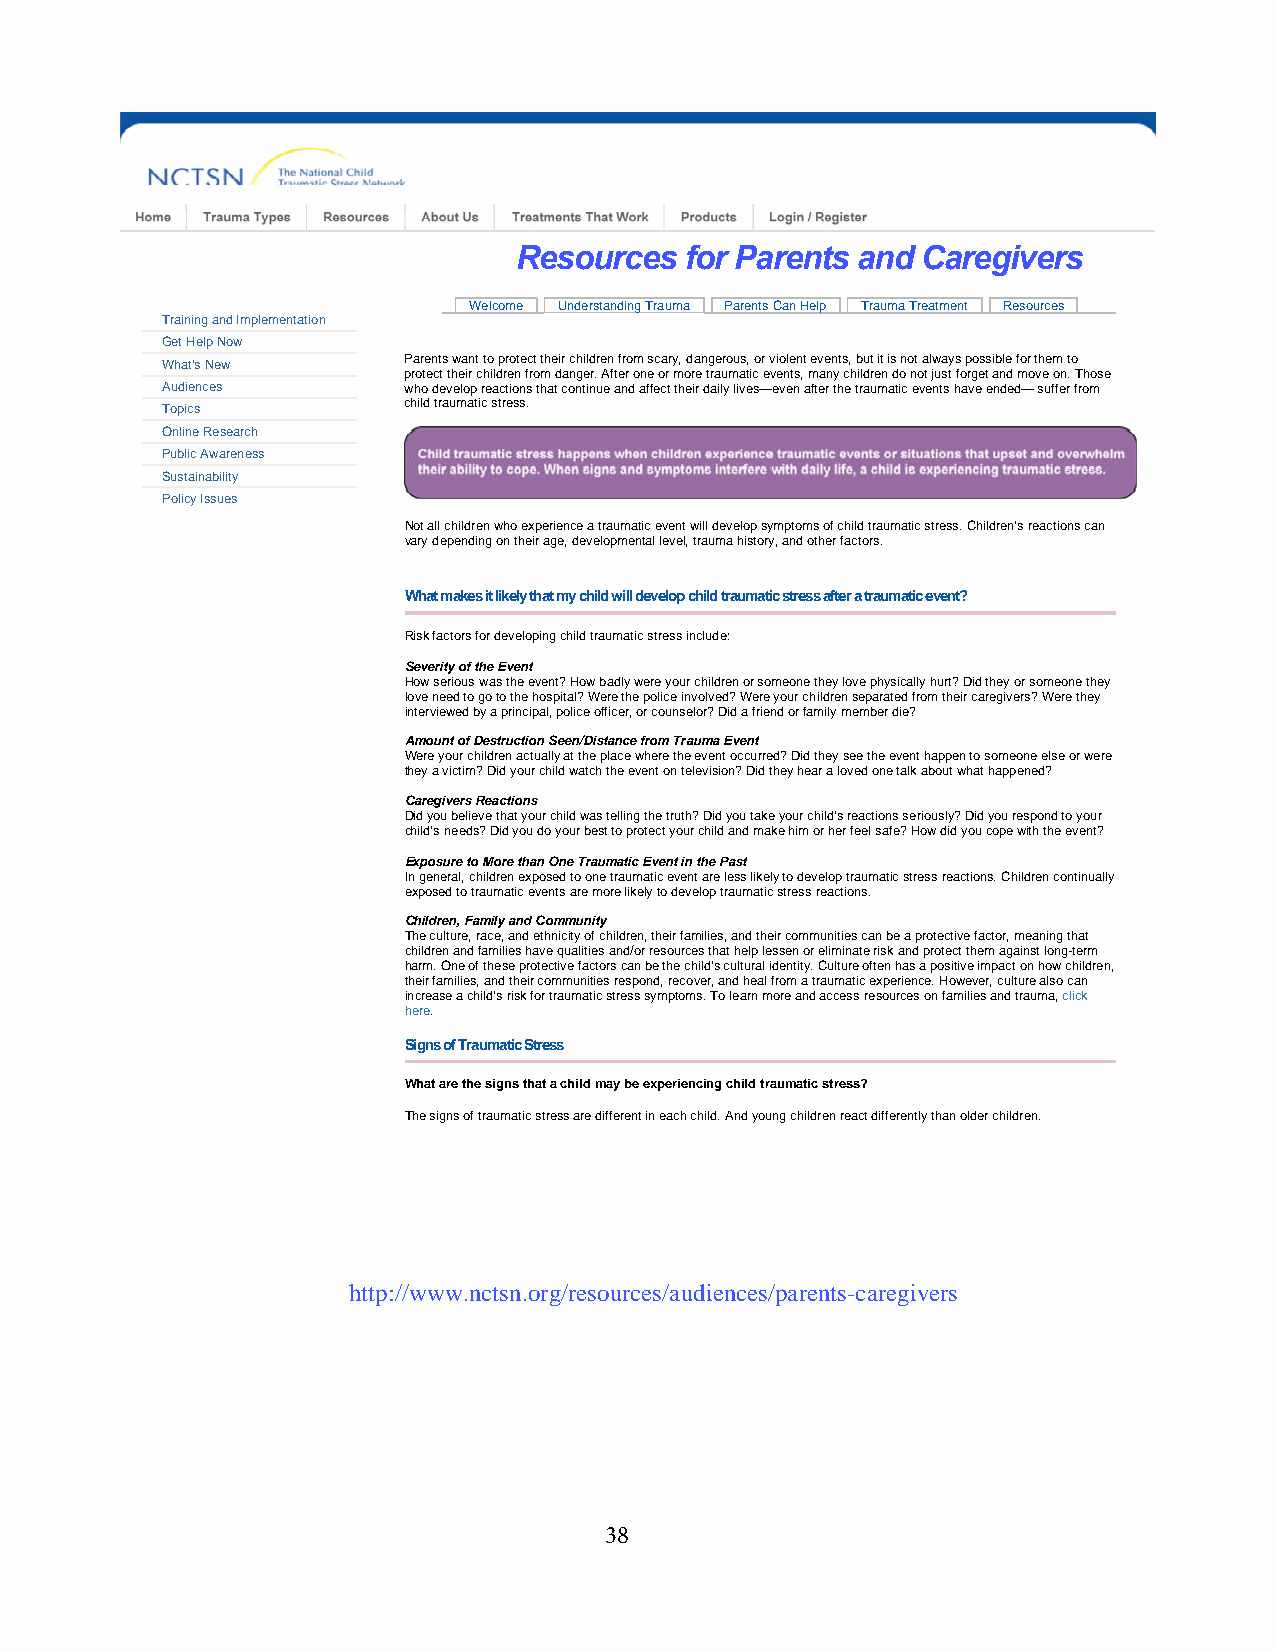
Resources  for Parents and Caregivers
 Welcome Understanding Trauma Parents Can Help Trauma Treatment Resources
 Training and Implementation
 Get Help Now
 What's New      Parents want to protect their children from scary, dangerous, or violent events, but it is not always possible for them to
 protect their children from danger. After one or more traumatic events, many children do not just forget and move on. Those
 Audiences       who develop reactions that continue and affect their daily lives—even after the traumatic events have ended— suffer from
 Topics          child traumatic stress.
 Online Research
 Public Awareness
 Sustainability
 Policy Issues
 Not all children who experience a traumatic event will develop symptoms of child traumatic stress. Children’s reactions can
 vary depending on their age, developmental level, trauma history, and other factors.
 What makes it likely that my child will develop child traumatic stress after a traumatic event?
 Risk factors for developing child traumatic stress include:
 Severity of the Event
 How serious was the event? How badly were your children or someone they love physically hurt? Did they or someone they
 love need to go to the hospital? Were the police involved? Were your children separated from their caregivers? Were they
 interviewed by a principal, police officer, or counselor? Did a friend or family member die?
 Amount of Destruction Seen/Distance from Trauma Event
 Were your children actually at the place where the event occurred? Did they see the event happen to someone else or were
 they a victim? Did your child watch the event on television? Did they hear a loved one talk about what happened?
 Caregivers Reactions
 Did you believe that your child was telling the truth? Did you take your child’s reactions seriously? Did you respond to your
 child’s needs? Did you do your best to protect your child and make him or her feel safe? How did you cope with the event?
 Exposure to More than One Traumatic Event in the Past
 In general, children exposed to one traumatic event are less likely to develop traumatic stress reactions. Children continually
 exposed to traumatic events are more likely to develop traumatic stress reactions.
 Children, Family and Community
 The culture, race, and ethnicity of children, their families, and their communities can be a protective factor, meaning that
 children and families have qualities and/or resources that help lessen or eliminate risk and protect them against long-term
 harm. One of these protective factors can be the child’s cultural identity. Culture often has a positive impact on how children,
 their families, and their communities respond, recover, and heal from a traumatic experience. However, culture also can
 increase a child’s risk for traumatic stress symptoms. To learn more and access resources on families and trauma, click
 here.
 Signs of Traumatic Stress
 What are the signs that a child may be experiencing child traumatic stress?
 The signs of traumatic stress are different in each child. And young children react differently than older children.
 http://www.nctsn.org/resources/audiences/parents-caregivers
 38